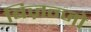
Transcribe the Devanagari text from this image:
बिज़न्जो